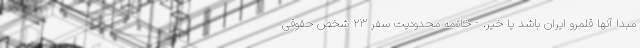
مبدا آنها قلمرو ایران باشد یا خیر. - خاتمه محدودیت سفر ۲۳ شخص حقوقی